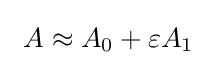
\ A\approx A_{0}+\varepsilon A_{1}\